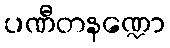
ပဏီတနဏ္ဍော